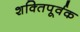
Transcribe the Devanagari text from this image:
शक्‍तिपूर्वक